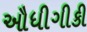
ઔધીગીકી